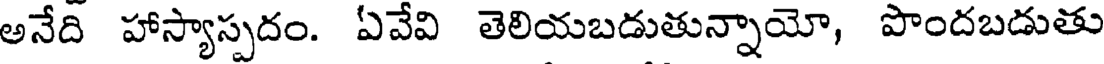
అనేది హాస్యాస్పదం. ఏవేవి తెలియబడుతున్నాయో, పొందబడుతు